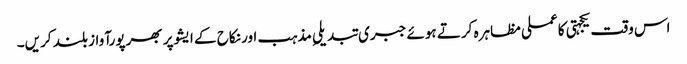
اس وقت یکجہتی کا عملی مظاہرہ کرتے ہوئے جبری تبدیلیِ مذہب اور نکاح کے ایشوپر بھرپورآواز بلند کریں۔